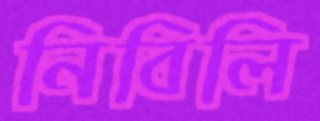
নিবিলি